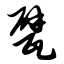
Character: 甓